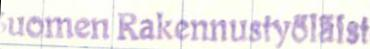
uomen Rakennustyöläist